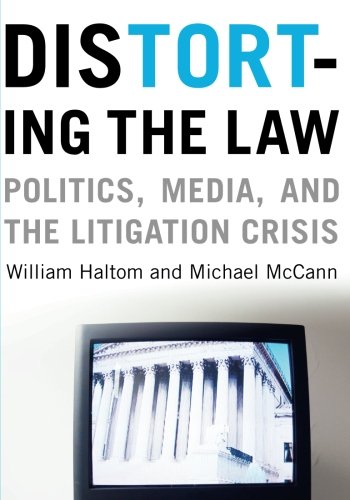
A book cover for Distorting the Law: Politics, Media, and the Litigation Crisis (Chicago Series in Law and Society); William Haltom; Law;